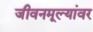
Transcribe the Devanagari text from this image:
जीवनमूल्यांवर